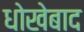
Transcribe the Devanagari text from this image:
धोखेबाद